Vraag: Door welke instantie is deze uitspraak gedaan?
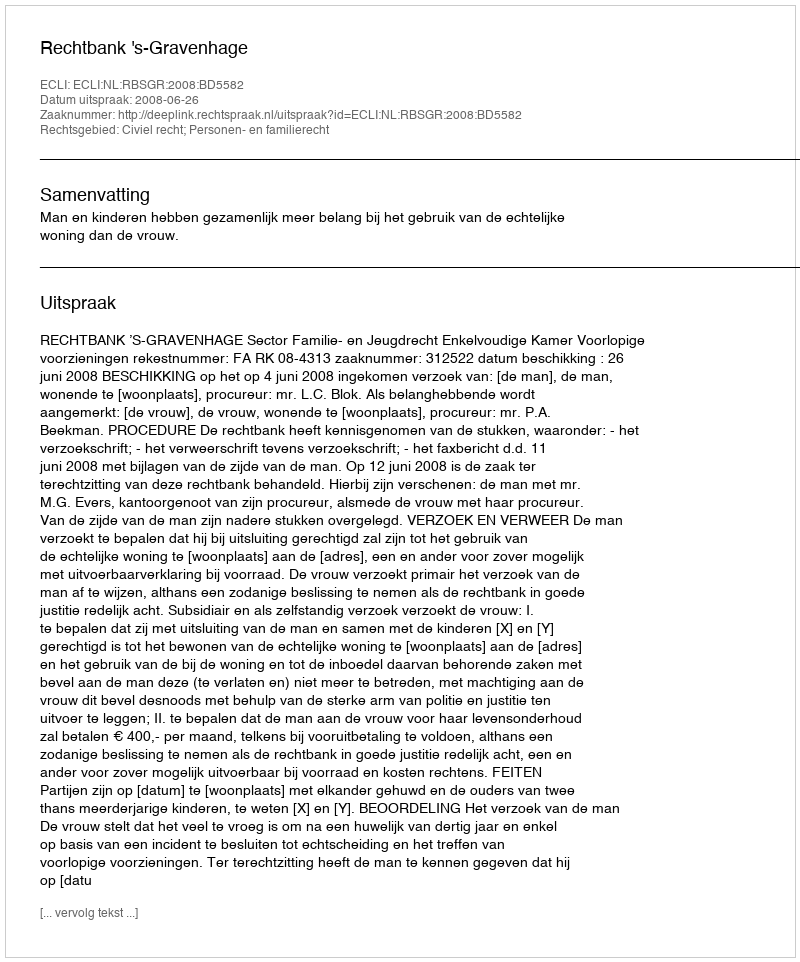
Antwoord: Rechtbank 's-Gravenhage